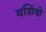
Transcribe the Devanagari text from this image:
वशिंयो